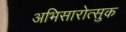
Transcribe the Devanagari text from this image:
अभिसारोत्सुक